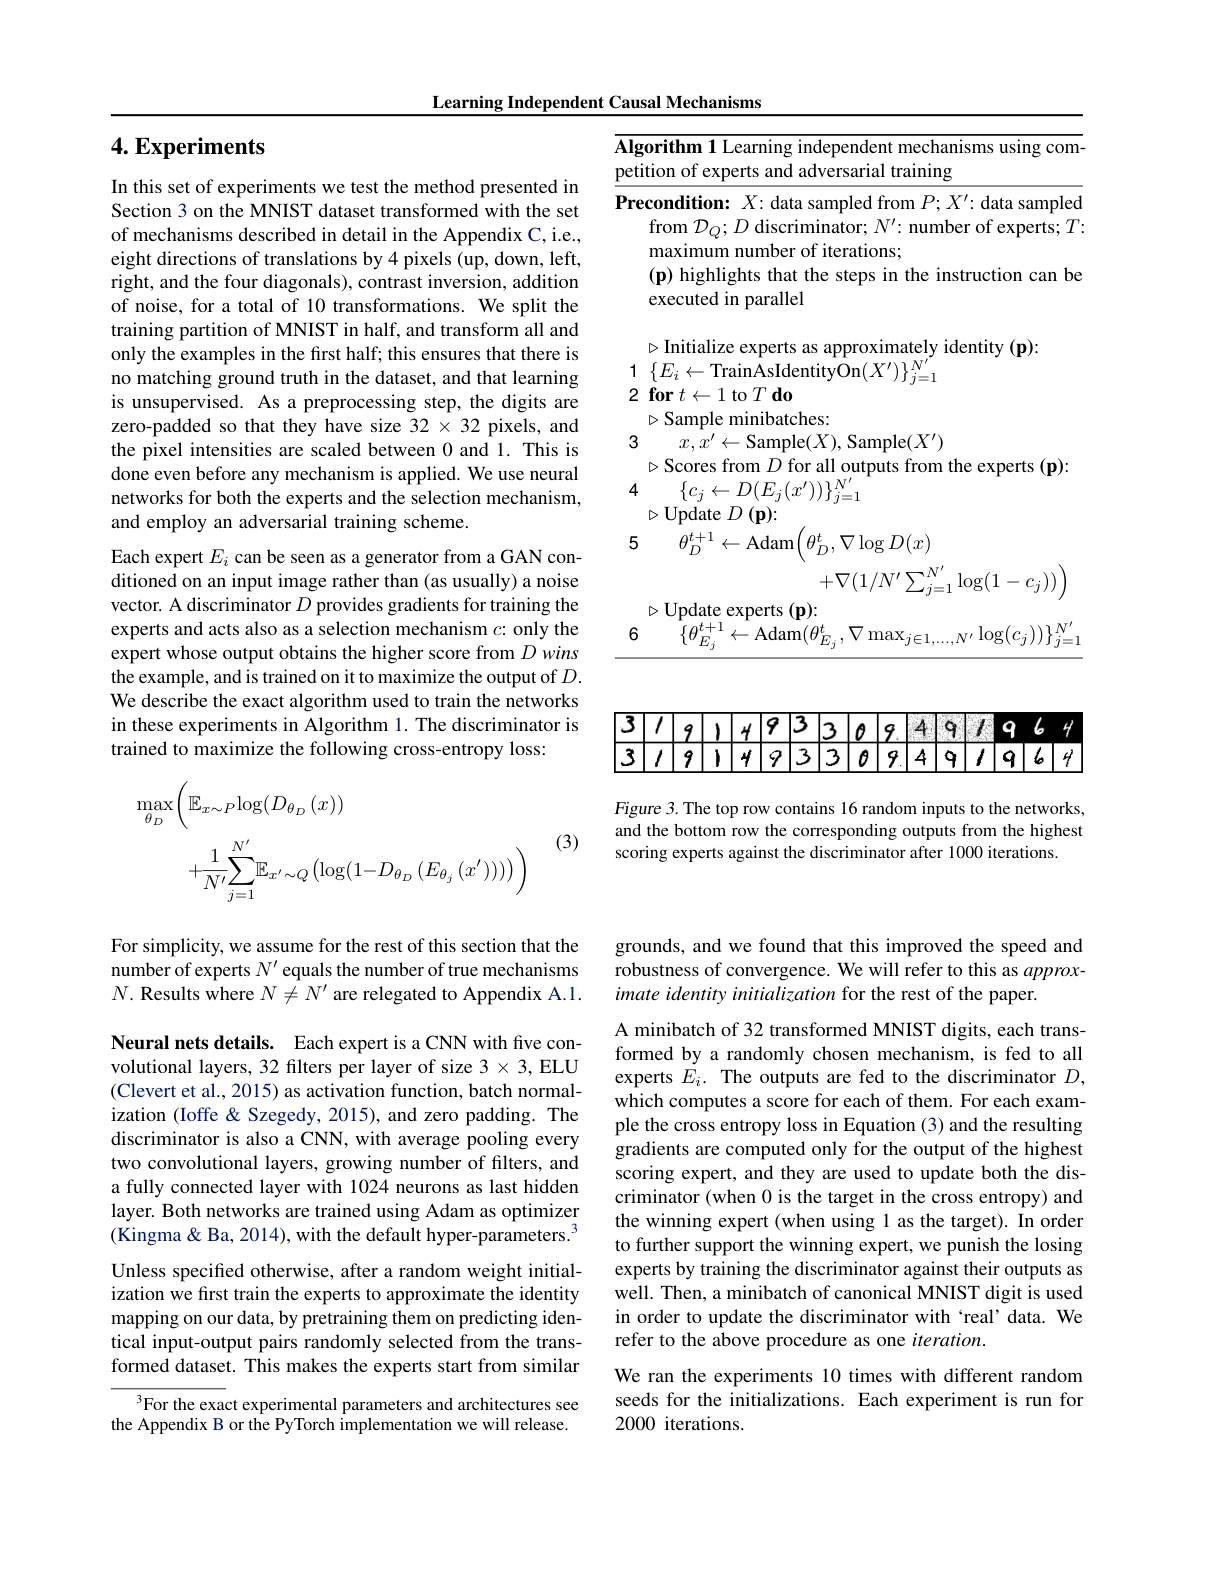
Learning Independent Causal Mechanisms

<table>
	<tbody>
		<tr>
			<td>Alg peti</td>
			<td>gorithm 1 Learning independent mechanisms using com tition of experts and adversarial training</td>
		</tr>
		<tr>
			<td>Pre</td>
			<td>$\textbf{econdition: }X{: \text{data sampled from }P; X^{\prime }: \text{data sample}}$ from $\mathcal{D}_Q;D$ discriminator; $N^\prime:$ number of experts; $T$ maximum number of iterations; $(\mathbf{p})$ highlights that the steps in the instruction can be executed in parallel</td>
		</tr>
		<tr>
			<td>2</td>
			<td>$\leftarrow$I to $I$ do $\triangleright$Sample minibatches:</td>
		</tr>
		<tr>
			<td>3</td>
			<td>$x, x^{\prime }$ $\leftarrow$Sample$(X)$,Sample$(X^\prime)$ $\triangleright$Scores from $D$ for all outputs from the experts (p):</td>
		</tr>
	</tbody>
</table>
5 $\hat{\theta } _{D}^{t+ 1}\leftarrow$Adam$\left(\theta_{D}^{t},\nabla\log D(x)\right.$

$+\nabla(1/N'\sum_{j=1}^{N'}\log(1-c_j))\Big)$

$\begin{array}{c}{\triangleright\text{Update experts }(\mathbf{p}):}\\{6}&{\{\theta_{E_{j}}^{t+1}\leftarrow\mathrm{Adam}(\theta_{E_{j}}^{t},\nabla\max_{j\in1,\ldots,N^{\prime}}\log(c_{j}))\}_{j=1}^{N^{\prime}}}\end{array}$

## $4. \textbf{Experiments}$

In this set of experiments we test the method presented in Section 3 on the MNIST dataset transformed with the set of mechanisms described in detail in the Appendix C, i.e., eight directions of translations by 4 pixels (up, down, left, right, and the four diagonals), contrast inversion, addition of noise, for a total of 10 transformations. We split the training partition of MNIST in half, and transform all and only the examples in the first half; this ensures that there is no matching ground truth in the dataset, and that learning is unsupervised. As a preprocessing step, the digits are zero-padded so that they have size 32 × 32 pixels, and the pixel intensities are scaled between 0 and 1. This is done even before any mechanism is applied. We use neural networks for both the experts and the selection mechanism, and employ an adversarial training scheme.
Each expert $E_i$ can be seen as a generator from a GAN conditioned on an input image rather than (as usually) a noise vector. A discriminator $D$ provides gradients for training the experts and acts also as a selection mechanism $c{:}$ only the expert whose output obtains the higher score from Dwins the example, and is trained on it to maximize the output of $D.$ We describe the exact algorithm used to train the networks in these experiments in Algorithm 1. The discriminator is trained to maximize the following cross-entropy loss:
$$\begin{aligned}\max_{\theta_{D}}&\left(\mathbb{E}_{x\sim P}\log(D_{\theta_{D}}\left(x\right))\right)\\&+\frac{1}{N^{\prime}}\sum_{j=1}^{N^{\prime}}\mathbb{E}_{x^{\prime}\sim Q}\left(\log(1-D_{\theta_{D}}\left(E_{\theta_{j}}\left(x^{\prime}\right)\right))\right)\end{aligned}$$
(3)

For simplicity, we assume for the rest of this section that the number of experts $N^\prime$ equals the number of true mechanisms $N.$ Results where $N\neq N^\prime$ are relegated to Appendix A.1. Neural nets details. Each expert is a CNN with five convolutional layers, 32 filters per layer of size 3 × 3, ELU (Clevert et al., 2015) as activation function, batch normalization (Ioffe & Szegedy, 2015), and zero padding. The discriminator is also a CNN, with average pooling every two convolutional layers, growing number of filters, and a fully connected layer with 1024 neurons as last hidden layer. Both networks are trained using Adam as optimizer $(\dot{\text{Kingma }\&}$ Ba, 2014), with the default hyper-parameters.$^3$ Unless specifed otherwise, after a random weight initialization we first train the experts to approximate the identity mapping on our data, by pretraining them on predicting identical input-output pairs randomly selected from the transformed dataset. This makes the experts start from similar

$^3$For the exact experimental parameters and architectures see the Appendix B or the PyTorch implementation we will release.

3191493309497964
$\boxed{3}\boxed{1/9}$
$4\boxed{9}\boxed{3}\boxed{3}\boxed{0}\boxed{9}\boxed{4}\boxed{9}$
$\mathbf{q}|6|4$

Figure 3. The top row contains 16 random inputs to the networks, and the bottom row the corresponding outputs from the highest scoring experts against the discriminator after 1000 iterations.

grounds, and we found that this improved the speed and robustness of convergence. We will refer to this as approximate identity initialization for the rest of the paper.

A minibatch of 32 transformed MNIST digits, each transformed by a randomly chosen mechanism, is fed to all experts $E_i.$ The outputs are fed to the discriminator $D$, which computes a score for each of them. For each example the cross entropy loss in Equation (3) and the resulting gradients are computed only for the output of the highest scoring expert, and they are used to update both the discriminator (when 0 is the target in the cross entropy) and the winning expert (when using 1 as the target). In order to further support the winning expert, we punish the losing experts by training the discriminator against their outputs as well. Then, a minibatch of canonical MNIST digit is used in order to update the discriminator with `real' data. We refer to the above procedure as one iteration.
We ran the experiments 10 times with different random seeds for the initializations. Each experiment is run for

2000 iterations.